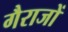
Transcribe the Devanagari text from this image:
गैराजों